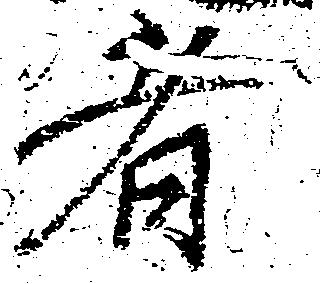
者